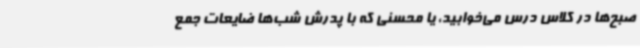
صبح‌ها در کلاس درس می‌خوابید، یا محسنی که با پدرش شب‌ها ضایعات جمع